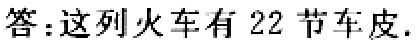
答：这列火车有 22 节车皮.